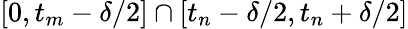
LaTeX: [0,t_{m}-\delta/2]\cap[t_{n}-\delta/2,t_{n}+\delta/2]